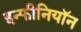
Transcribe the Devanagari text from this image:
इन्फीनियॉन